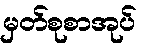
မှတ်စုစာအုပ်